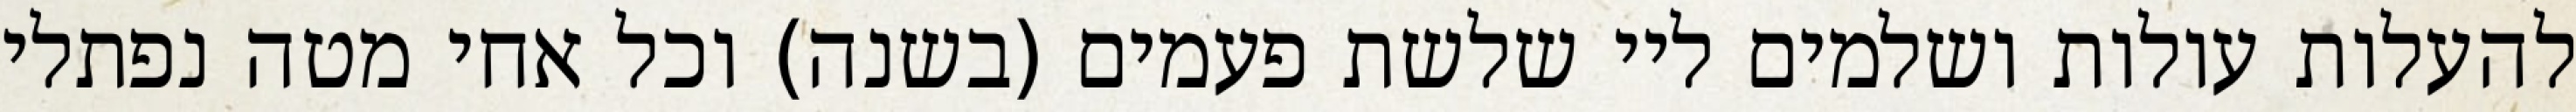
להעלות עולות ושלמים ליי שלשת פעמים (בשנה) וכל אחי מטה נפתלי